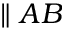
\parallel A B